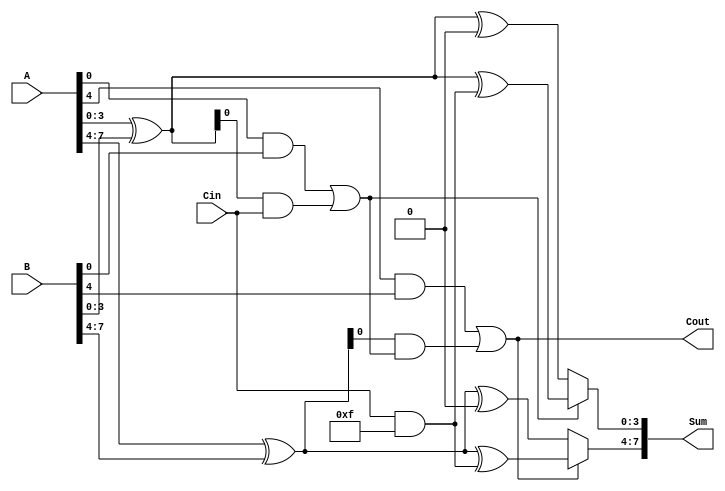
module CSLA #(parameter N = 8) (
    input [N-1:0] A,      // First operand
    input [N-1:0] B,      // Second operand
    input Cin,            // Carry input
    output [N-1:0] Sum,   // Sum output
    output Cout           // Carry output
);

    localparam M = 4; // Number of bits per segment
    localparam NUM_BLOCKS = N / M;

    wire [M-1:0] sum0 [0:NUM_BLOCKS-1]; // Sums assuming carry-in = 0
    wire [M-1:0] sum1 [0:NUM_BLOCKS-1]; // Sums assuming carry-in = 1
    wire [NUM_BLOCKS-1:0] carry_out;     // Carry out for each block
    wire [NUM_BLOCKS-1:0] carry_in;      // Carry in for each block
    wire [NUM_BLOCKS-1:0] G;              // Generate signals
    wire [NUM_BLOCKS-1:0] P;              // Propagate signals

    // Generate and propagate signals for each block
    genvar i;
    generate
        for (i = 0; i < NUM_BLOCKS; i = i + 1) begin : block
            wire [M-1:0] A_block = A[M*i +: M];
            wire [M-1:0] B_block = B[M*i +: M];

            // Compute sums assuming carry-in = 0
            assign sum0[i] = A_block ^ B_block ^ (Cin & {M{1'b0}});
            // Compute sums assuming carry-in = 1
            assign sum1[i] = A_block ^ B_block ^ (Cin & {M{1'b1}});

            // Generate and propagate signals
            assign G[i] = A_block & B_block;
            assign P[i] = A_block ^ B_block;

            // Carry out for the current block
            if (i == 0) begin
                assign carry_out[i] = G[i] | (P[i] & Cin);
            end else begin
                assign carry_out[i] = G[i] | (P[i] & carry_out[i-1]);
            end
        end
    endgenerate

    // MUX to select the correct sum based on carry_out
    generate
        for (i = 0; i < NUM_BLOCKS; i = i + 1) begin : mux
            assign carry_in[i] = (i == 0) ? Cin : carry_out[i-1];
            assign Sum[M*i +: M] = carry_out[i] ? sum1[i] : sum0[i];
        end
    endgenerate

    // Final carry output
    assign Cout = carry_out[NUM_BLOCKS-1];

endmodule